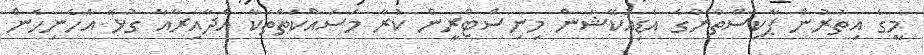
މީގެ އިތުރުން ޕާކިސްތާނުގެ އެޑިއުކޭޝަން މިނިސްޓްރީން ކުރާ މަސައްކަތްތަކާ އެދާއިރާއާ ގުޅޭ އެހެނިހެން